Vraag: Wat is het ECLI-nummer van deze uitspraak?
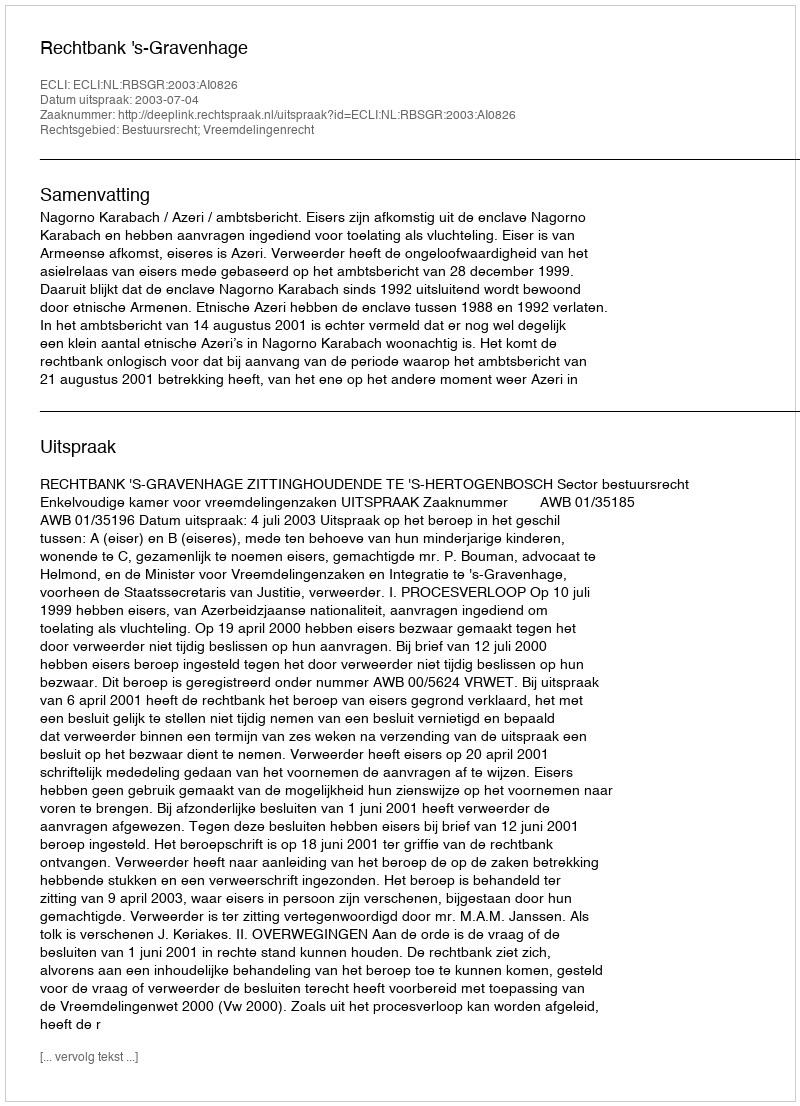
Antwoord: ECLI:NL:RBSGR:2003:AI0826